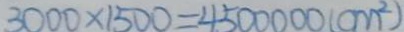
3 0 0 0 \times 1 5 0 0 = 4 5 0 0 0 0 0 ( c m ^ { 2 } )